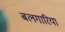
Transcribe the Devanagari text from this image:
बलगारिया